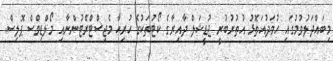
މިބައްދަލުވުމުގައި ހުވަދުއަތޮޅު އުތުރުބުރީ ޖުޑީޝަލް ދާއިރާގެ ކޯޓުތަކުގެ ހުރިހާ މެޖިސްޓްރޭޓުންނާއި މޯލްޑިވްސް ޕޮލިސް